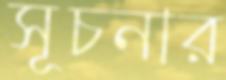
সূচনার